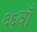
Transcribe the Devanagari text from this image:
६६वाँ